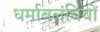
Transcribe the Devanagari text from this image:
धर्माबलंबियों